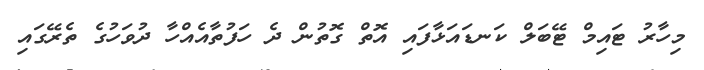
މިހާރު ޓައިމް ޓޭބަލް ކަނޑައަޅާފައި އޮތް ގޮތުން ދެ ހަފުތާއެއްހާ ދުވަހުގެ ތެރޭގައި